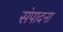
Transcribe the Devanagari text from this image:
संपादना